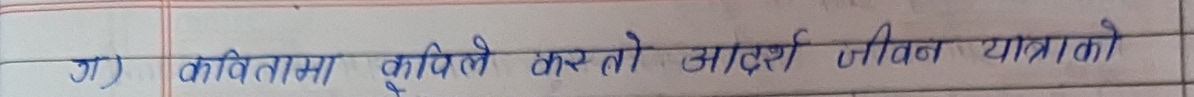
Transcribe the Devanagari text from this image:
ग) कवितामा कविले कस तो आदर्श जीवन यात्राको